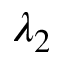
\lambda _ { 2 }